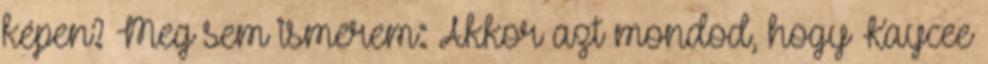
képen? Meg sem ismerem: Akkor azt mondod, hogy Kaycee